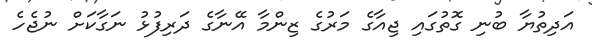
އަދިތުޔާ ބުނި ގޮތުގައި ޖިއާގެ މަރުގެ ޒިންމާ އޭނާގެ ދަރިފުޅު ނަގާކަށް ނުޖެހެ